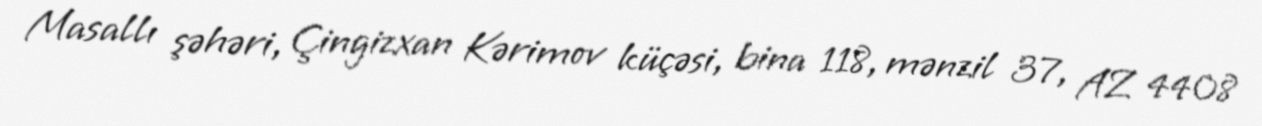
Masallı şəhəri, Çingizxan Kərimov küçəsi, bina 118, mənzil 37, AZ 4408